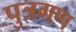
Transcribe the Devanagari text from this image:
पुत्रगण